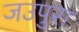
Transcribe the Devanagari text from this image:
जउपुरा